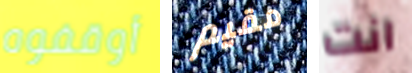
أوقفوه مقيم انت